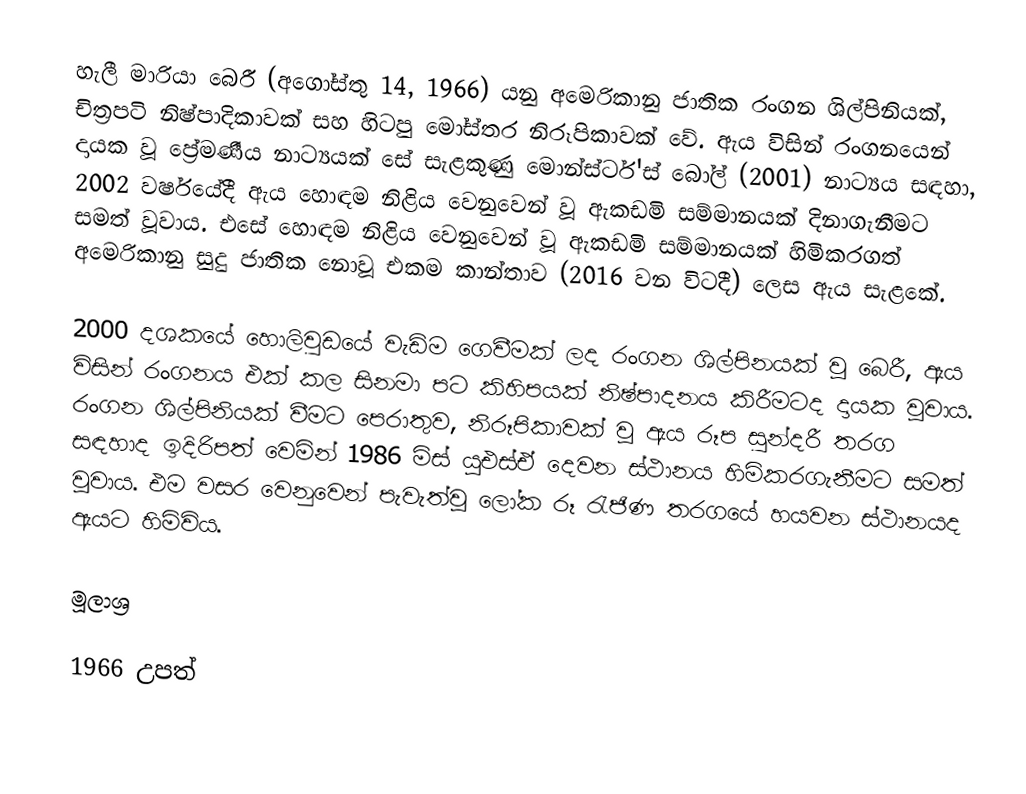
හැලී මාරියා බෙරී (අගෝස්තු 14, 1966) යනු අමෙරිකානු ජාතික රංගන ශිල්පිනියක්, චිත්‍රපටි නිෂ්පාදිකාවක් සහ හිටපු මෝස්තර නිරූපිකාවක් වේ. ඇය විසින් රංගනයෙන් දායක වූ ප්‍රේමණීය නාට්‍යයක් සේ සැළකුණු මොන්ස්ටර්'ස් බෝල් (2001) නාට්‍යය සඳහා, 2002 වර්ෂයේදී ඇය හොඳම නිළිය වෙනුවෙන් වූ ඇකඩමි සම්මානයක් දිනාගැනීමට සමත් වූවාය. එසේ හොඳම නිළිය වෙනුවෙන් වූ ඇකඩමි සම්මානයක් හිමිකරගත් අමෙරිකානු සුදු ජාතික නොවූ එකම කාන්තාව (2016 වන විටදී) ලෙස ඇය සැළකේ.

2000 දශකයේ හොලිවුඩයේ වැඩිම ගෙවීමක් ලද රංගන ශිල්පිනයක් වූ බෙරී, ඇය විසින් රංගනය එක් කල සිනමා පට කිහිපයක් නිෂ්පාදනය කිරීමටද දායක වූවාය. රංගන ශිල්පිනියක් වීමට පෙරාතුව, නිරූපිකාවක් වූ ඇය රූප සුන්දරී තරග සඳහාද ඉදිරිපත් වෙමින් 1986 මිස් යූඑස්ඒ දෙවන ස්ථානය හිමිකරගැනීමට සමත් වූවාය. එම වසර වෙනුවෙන් පැවැත්වූ ලෝක රූ රැජිණ තරගයේ හයවන ස්ථානයද ඇයට හිමිවිය.

මූලාශ්‍ර

1966 උපත්